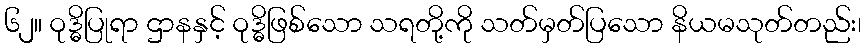
၆၂။ ဝုဒ္ဓိပြုရာ ဌာနနှင့် ဝုဒ္ဓိဖြစ်သော သရတို့ကို သတ်မှတ်ပြသော နိယမသုတ်တည်း၊